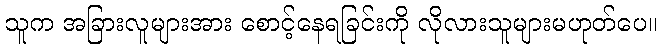
သူက အခြားလူများအား စောင့်နေရခြင်းကို လိုလားသူများမဟုတ်ပေ။